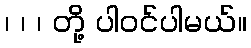
၊ ၊ ၊ တို့ ပါဝင်ပါမယ်။